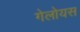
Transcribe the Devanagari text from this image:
गेलोयस